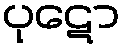
ပုဋော